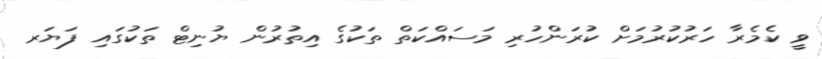
ވީ ކެމެރާ ހަރުކުރުމަށް ކުރަންހުރި މަސައްކަތް ތަކުގެ އިތުރުން ޔުނިޓް ތަކުގައި ފަޔަރ